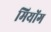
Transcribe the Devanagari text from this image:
मियोंग